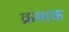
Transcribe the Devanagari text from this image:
क्रमाक